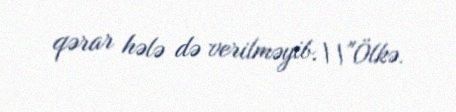
qərar hələ də verilməyib.\\"Ölkə.